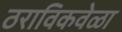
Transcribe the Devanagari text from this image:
ठराविकवेळा